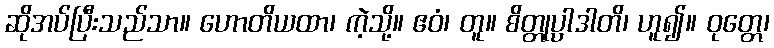
ဆိုအပ်ပြီးသည်သာ။ ဟောတိယထာ၊ ကဲ့သို့။ ဧဝံ၊ တူ။ စိတ္တုပ္ပါဒါတိ၊ ဟူ၍။ ဝုတ္တေ၊